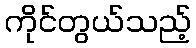
ကိုင်တွယ်သည့်